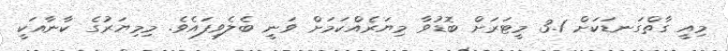
މިއީ ގާތްގަނޑަކަށް 3.1 މީޓަރަށް ބޮޑުވާ މިޔަރެއްކަމަށް ވަނީ ބެލެވިފައެވެ. މިމިޔަރުގެ ކާނާއަކީ